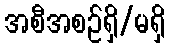
အစီအစဉ်ရှိ/မရှိ